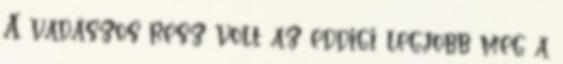
A vadászos rész volt az eddigi legjobb meg a